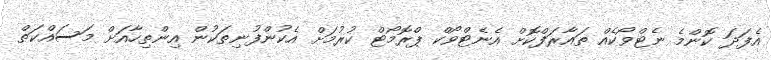
އެފަދަ ކޮންމެ ނެޓްވޯކެއް ތައާރަފްކޮށް އެނެޓްވޯކް ޕްރޮމޯޓް ކުރުމަށް އެކުންފުނިތަކުން އިންތިހާއަށް މަސައްކަތް